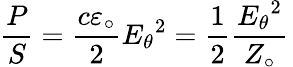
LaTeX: {\frac{P}{S}}={\frac{c\varepsilon_{\circ}}{2}}{E_{\theta}}^{2}={\frac{1}{2}}{\frac{{E_{\theta}}^{2}}{Z_{\circ}}}\,